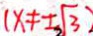
( x \neq \pm \sqrt { 3 } )